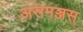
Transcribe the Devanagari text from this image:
असमञ्जस